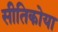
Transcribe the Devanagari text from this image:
सीतिकोया